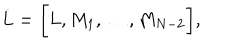
\dot { L } = \biggl \lbrack L , M _ { 1 } , \dots , M _ { N - 2 } \biggl \rbrack ,